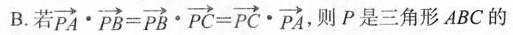
B.若$$\overrightarrow { P C } \cdot